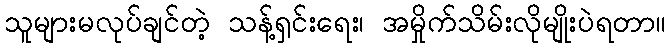
သူများမလုပ်ချင်တဲ့ သန့်ရှင်းရေး၊ အမှိုက်သိမ်းလိုမျိုးပဲရတာ။